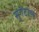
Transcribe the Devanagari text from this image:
सुगेंटाल